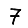
Digit: 7